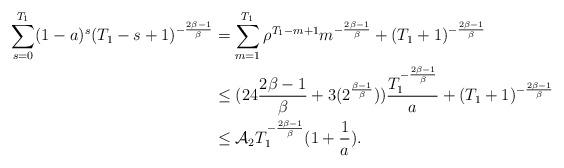
LaTeX: \begin{align*} \sum_{s=0}^{T_1}(1-a)^{s}(T_1-s+1)^{-\frac{2\beta-1}{\beta}}&=\sum_{m=1}^{T_{1}}\rho^{T_{1}-m+1}m^{-\frac{2\beta-1}{\beta}}+(T_{1}+1)^{-\frac{2\beta-1}{\beta}}\\&\leq (24\frac{2\beta-1}{\beta}+3(2^{\frac{\beta-1}{\beta}}))\frac{T_{1}^{-\frac{2\beta-1}{\beta}}}{a}+(T_{1}+1)^{-\frac{2\beta-1}{\beta}}\\&\leq\mathcal{A}_2T_{1}^{-\frac{2\beta-1}{\beta}}(1+\frac{1}{a}).\end{align*}